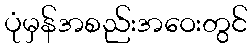
ပုံမှန်အစည်းအဝေးတွင်